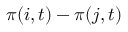
\pi ( i , t ) - \pi ( j , t )